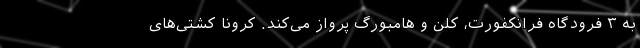
به ۳ فرودگاه فرانکفورت، کلن و هامبورگ پرواز می‌کند. کرونا کشتی‌های